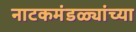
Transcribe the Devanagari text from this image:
नाटकमंडळ्यांच्या